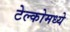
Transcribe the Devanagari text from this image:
टेल्कोमध्ये